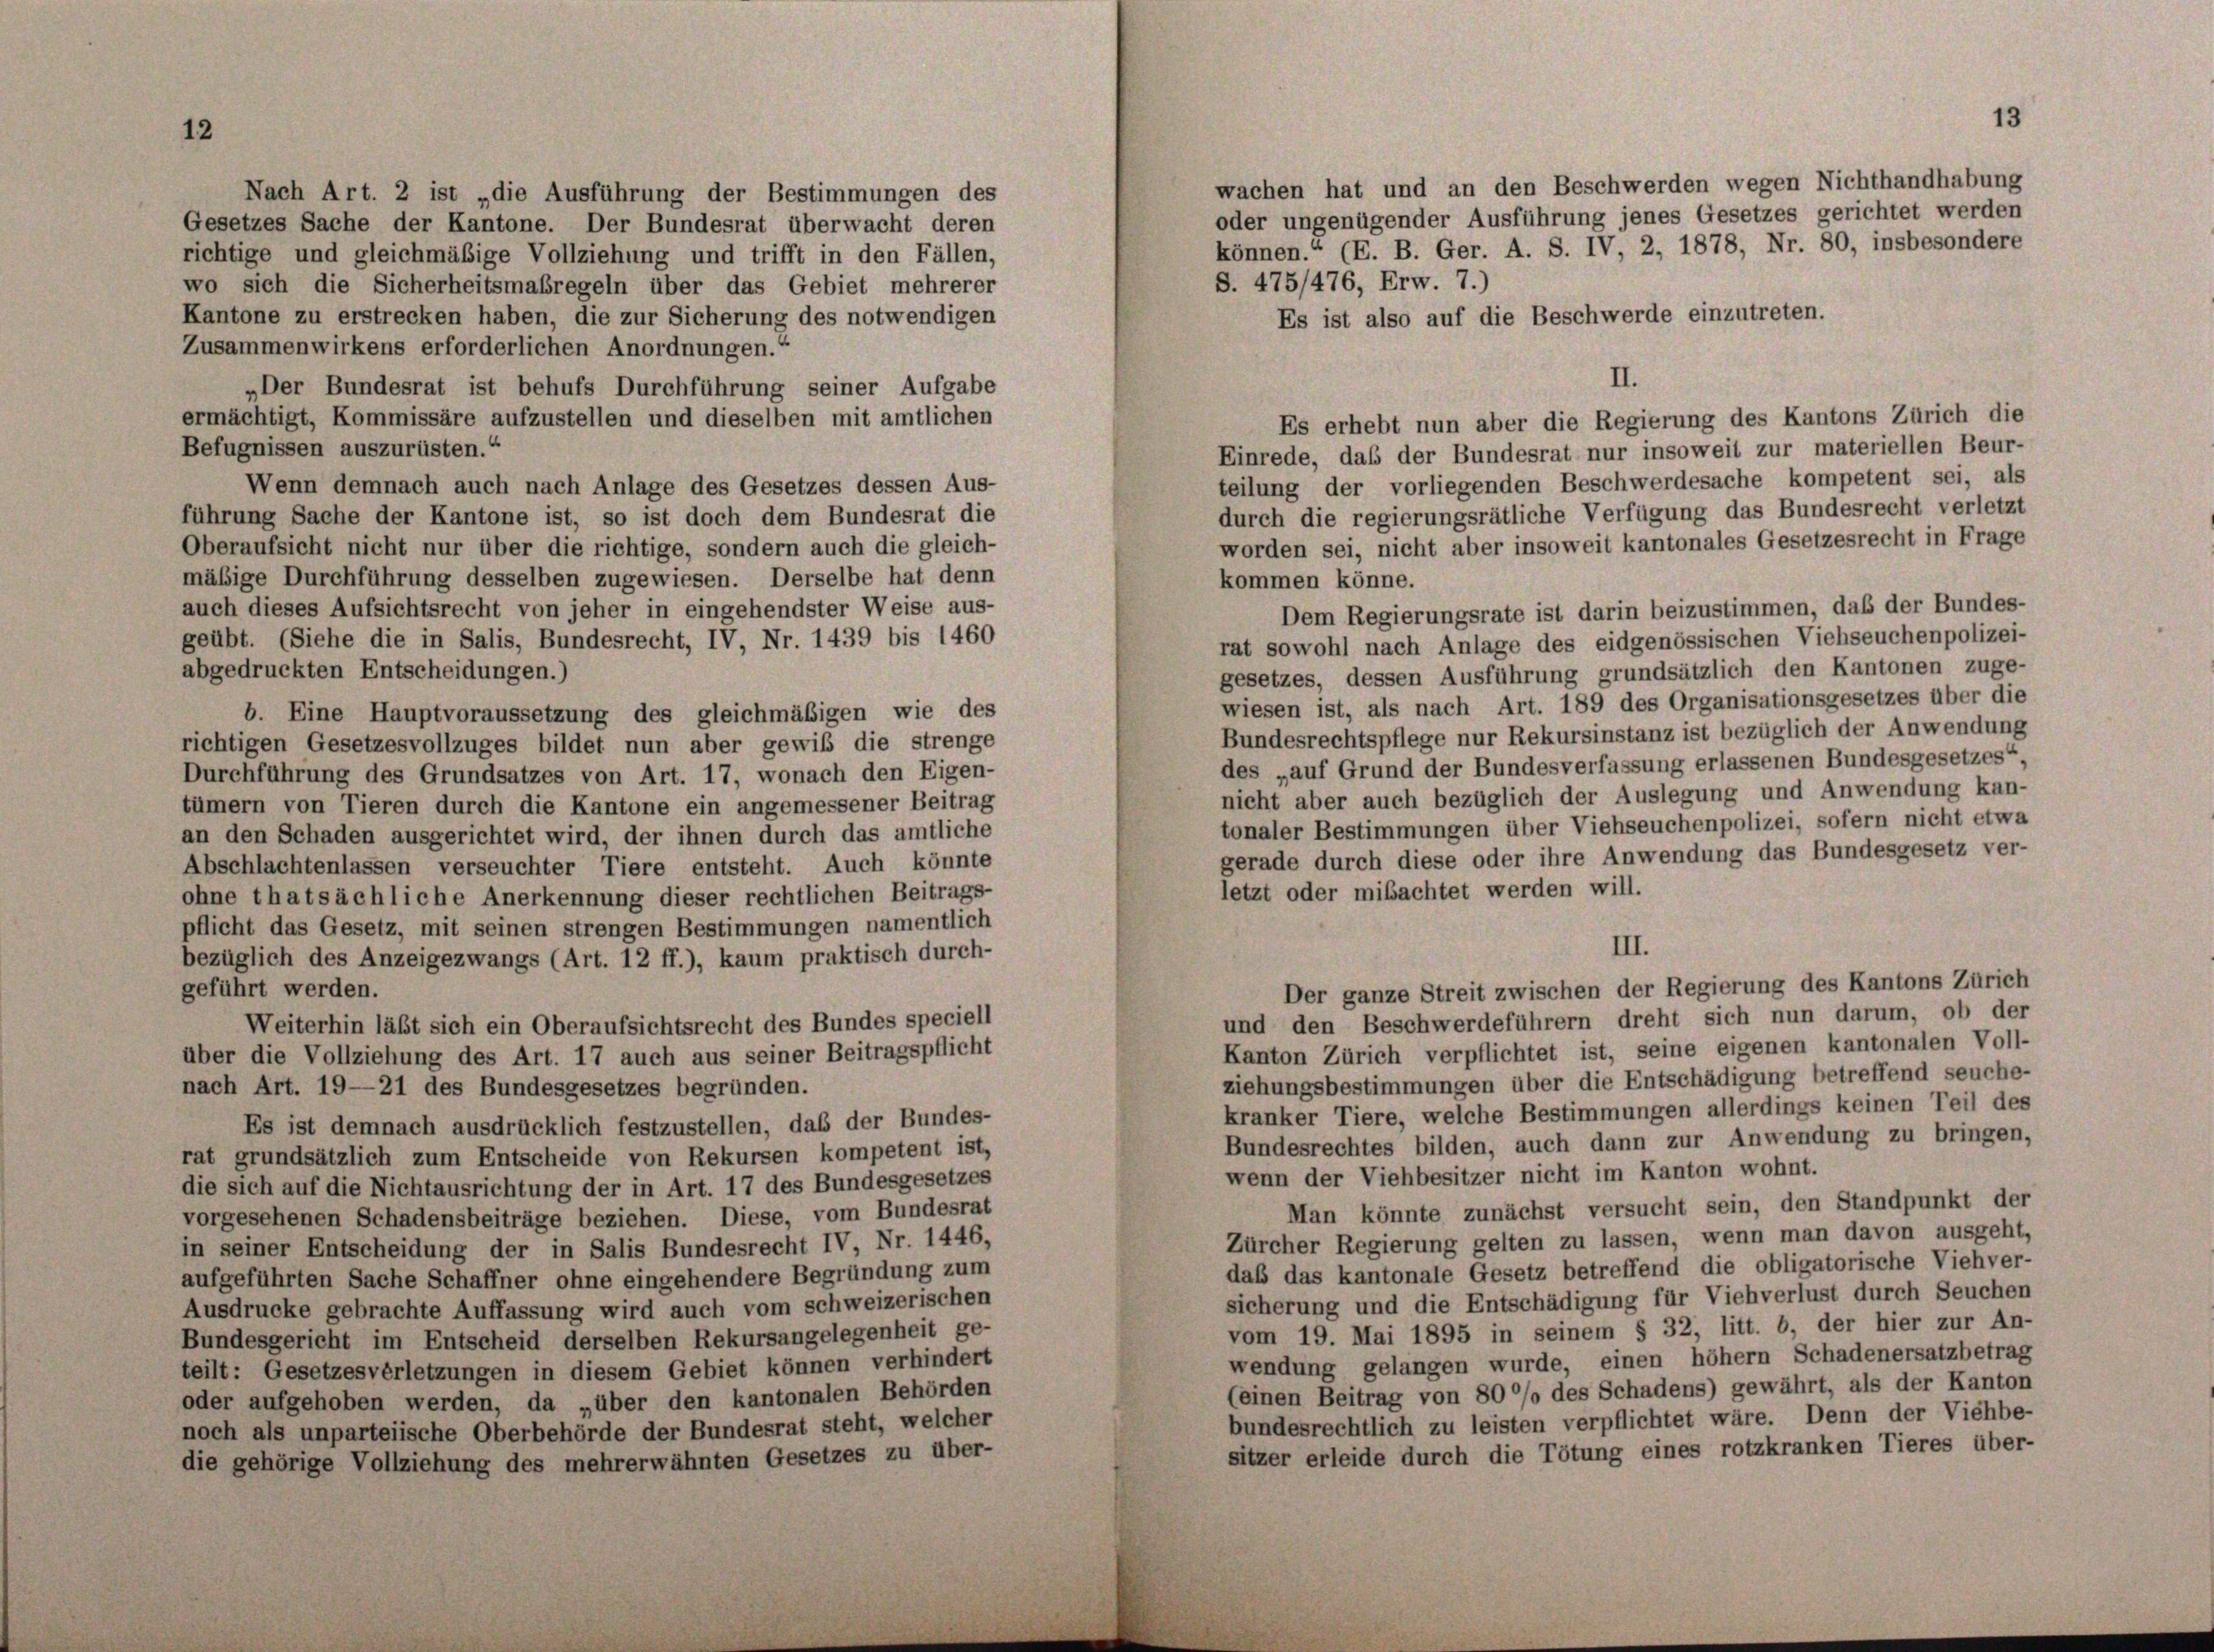
12

Nach Art. 2 ist „die Ausführung der Bestimmungen des
Gesetzes Sache der Kantone. Der Bundesrat überwacht deren
richtige und gleichmäßige Vollziehung und trifft in den Fällen,
S. 475/476, Erw. 7.)
wo sich die Sicherheitsmaßregeln über das Gebiet mehrerer
Kantone zu erstrecken haben, die zur Sicherung des notwendigen
Es ist also auf die Beschwerde einzutreten.
Zusammenwirkens erforderlichen Anordnungen.“
II.
„Der Bundesrat ist behufs Durchführung seiner Aufgabe
ermächtigt, Kommissäre aufzustellen und dieselben mit amtlichen
Es erhebt nun aber die Regierung des Kantons Zürich die
Befugnissen auszurüsten.“
Einrede, daß der Bundesrat nur insoweit zur materiellen Beur-
teilung der vorliegenden Beschwerdesache kompetent sei, als
Wenn demnach auch nach Anlage des Gesetzes dessen Aus-
durch die regierungsrätliche Verfügung das Bundesrecht verletzt
führung Sache der Kantone ist, so ist doch dem Bundesrat die
worden sei, nicht aber insoweit kantonales Gesetzesrecht in Frage
Oberaufsicht nicht nur über die richtige, sondern auch die gleich-
mäßige Durchführung desselben zugewiesen. Derselbe hat denn
kommen könne.
auch dieses Aufsichtsrecht von jeher in eingehendster Weise aus-
Dem Regierungsrate ist darin beizustimmen, daß der Bundes-
geübt. (Siehe die in Salis, Bundesrecht, IV, Nr. 1439 bis 1460
rat sowohl nach Anlage des eidgenössischen Viehseuchenpolizei-
abgedruckten Entscheidungen.)
gesetzes, dessen Ausführung grundsätzlich den Kantonen zuge-
wiesen ist, als nach Art. 189 des Organisationsgesetzes über die
b. Eine Hauptvoraussetzung des gleichmäßigen wie des
Bundesrechtspflege nur Rekursinstanz ist bezüglich der Anwendung
richtigen Gesetzesvollzuges bildet nun aber gewib die strenge
des „auf Grund der Bundesverfassung erlassenen Bundesgesetzes“,
Durchführung des Grundsatzes von Art. 17, wonach den Eigen-
nicht aber auch bezüglich der Auslegung und Anwendung kan-
tümern von Tieren durch die Kantone ein angemessener Beitrag
tonaler Bestimmungen über Viehseuchenpolizei, sofern nicht etwa
an den Schaden ausgerichtet wird, der ihnen durch das amtliche
gerade durch diese oder ihre Anwendung das Bundesgesetz ver-
Abschlachtenlassen verseuchter Tiere entsteht. Auch könnte
letzt oder mibachtet werden will.
ohne thatsächliche Anerkennung dieser rechtlichen Beitrags-
pflicht das Gesetz, mit seinen strengen Bestimmungen namentlich
III.
bezüglich des Anzeigezwangs (Art. 12 ff.), kaum praktisch durch-
geführt werden.
Der ganze Streit zwischen der Regierung des Kantons Zürich
und den Beschwerdeführern dreht sich nun darum, ob der
Weiterhin läßt sich ein Oberaufsichtsrecht des Bundes speciell
Kanton Zürich verpflichtet ist, seine eigenen kantonalen Voll-
über die Vollziehung des Art. 17 auch aus seiner Beitragspflicht
ziehungsbestimmungen über die Entschädigung betreffend seuche-
nach Art. 19—21 des Bundesgesetzes begründen.
kranker Tiere, welche Bestimmungen allerdings keinen Teil des
Es ist demnach ausdrücklich festzustellen, daß der Bundes-
Bundesrechtes bilden, auch dann zur Anwendung zu bringen,
rat grundsätzlich zum Entscheide von Rekursen kompetent ist,
wenn der Viehbesitzer nicht im Kanton wohnt.
die sich auf die Nichtausrichtung der in Art. 17 des Bundesgesetzes
Man könnte zunächst versucht sein, den Standpunkt der
vorgesehenen Schadensbeiträge beziehen. Diese, vom Bundesrat
Zürcher Regierung gelten zu lassen, wenn man davon ausgeht,
in seiner Entscheidung der in Salis Bundesrecht IV Nr. 1446,
daß das kantonale Gesetz betreffend die obligatorische Viehver-
aufgeführten Sache Schaffner ohne eingehendere Begründung zum
sicherung und die Entschädigung für Viehverlust durch Seuchen
Ausdrucke gebrachte Auffassung wird auch vom schweizerischen
vom 19. Mai 1895 in seinem § 32, litt. b, der hier zur An-
Bundesgericht im Entscheid derselben Rekursangelegenheit ge-
wendung gelangen wurde, einen höhem Schadenersatzbetrag
teilt: Gesetzesverletzungen in diesem Gebiet können verhindert
(einen Beitrag von 800% des Schadens) gewährt, als der Kanton
oder aufgehoben werden, da „über den kantonalen Behörden
bundesrechtlich zu leisten verpflichtet wäre. Denn der Viehbe-
noch als unparteiische Oberbehörde der Bundesrat steht, welcher
sitzer erleide durch die Tötung eines rotzkranken Tieres über-
die gehörige Vollziehung des mehrerwähnten Gesetzes zu über-

wachen hat und an den Beschwerden wegen Nichthandhabung
oder ungenügender Ausführung jenes Gesetzes gerichtet werden
können.“ (E. B. Ger. A. S. IV, 2, 1878, Nr. 80, insbesondere